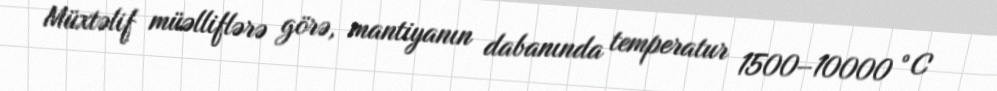
Müxtəlif müəlliflərə görə, mantiyanın dabanında temperatur 1500–10000 °C